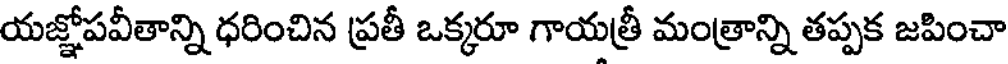
యజ్ఞోపవీతాన్ని ధరించిన ప్రతీ ఒక్కరూ గాయత్రీ మంత్రాన్ని తప్పక జపించా